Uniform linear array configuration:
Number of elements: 12
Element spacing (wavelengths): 0.5
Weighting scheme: hann
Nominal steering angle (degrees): -15
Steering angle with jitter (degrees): -15.944
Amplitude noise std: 0.05
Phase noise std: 0.05

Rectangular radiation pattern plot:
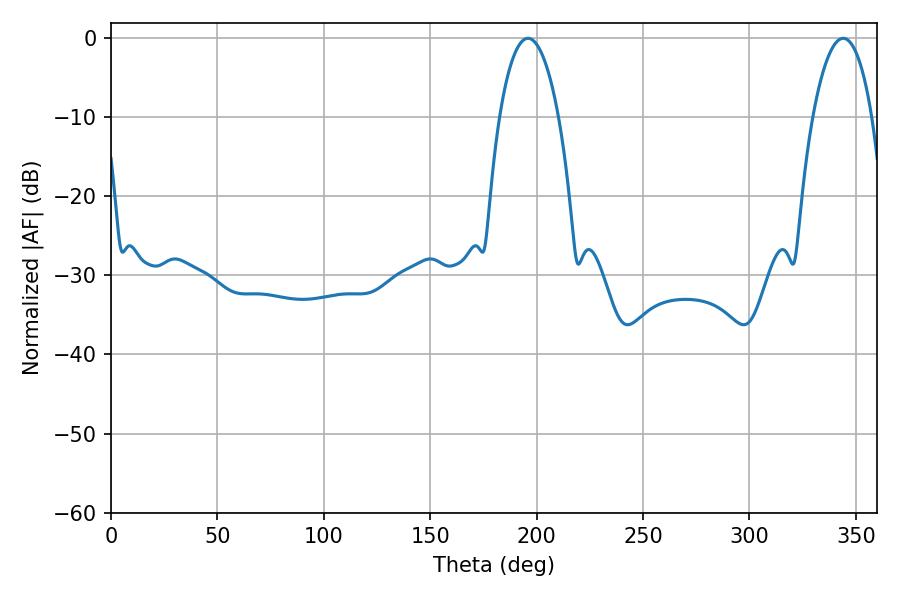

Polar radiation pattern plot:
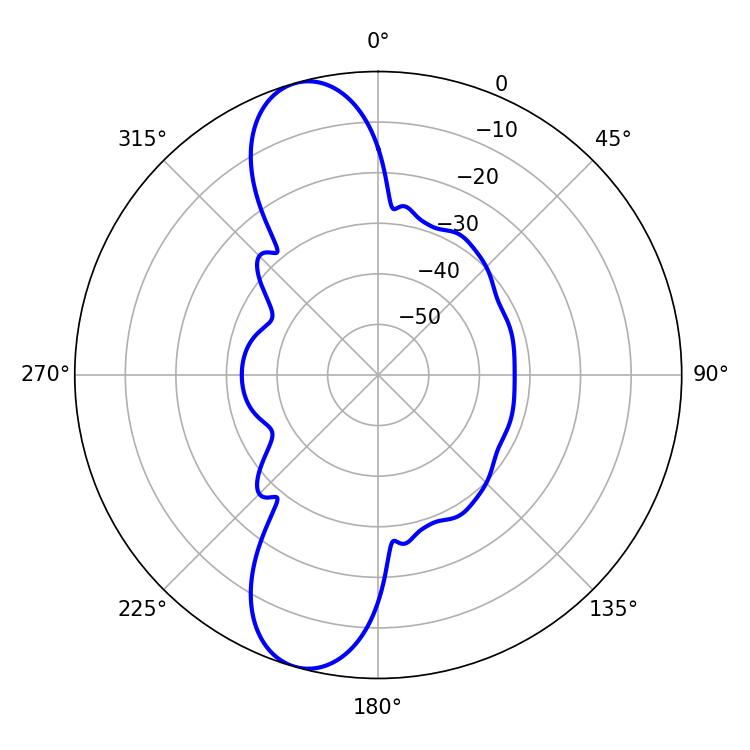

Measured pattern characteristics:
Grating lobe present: FALSE
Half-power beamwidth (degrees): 15.66
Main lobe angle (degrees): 196.02